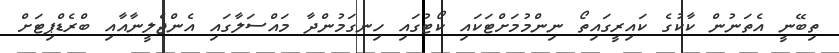
ތިބޭނީ އެތަނުން ކާކުގެ ކައިރީގައިތޯ ނިންމުމަށްޓަކައި ކޯޓުގައި ހިނގަމުންދާ މައްސަލާގައި އެންޖެލީނާއާއި ބްރެޑްޕިޓަށް